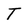
Character: T